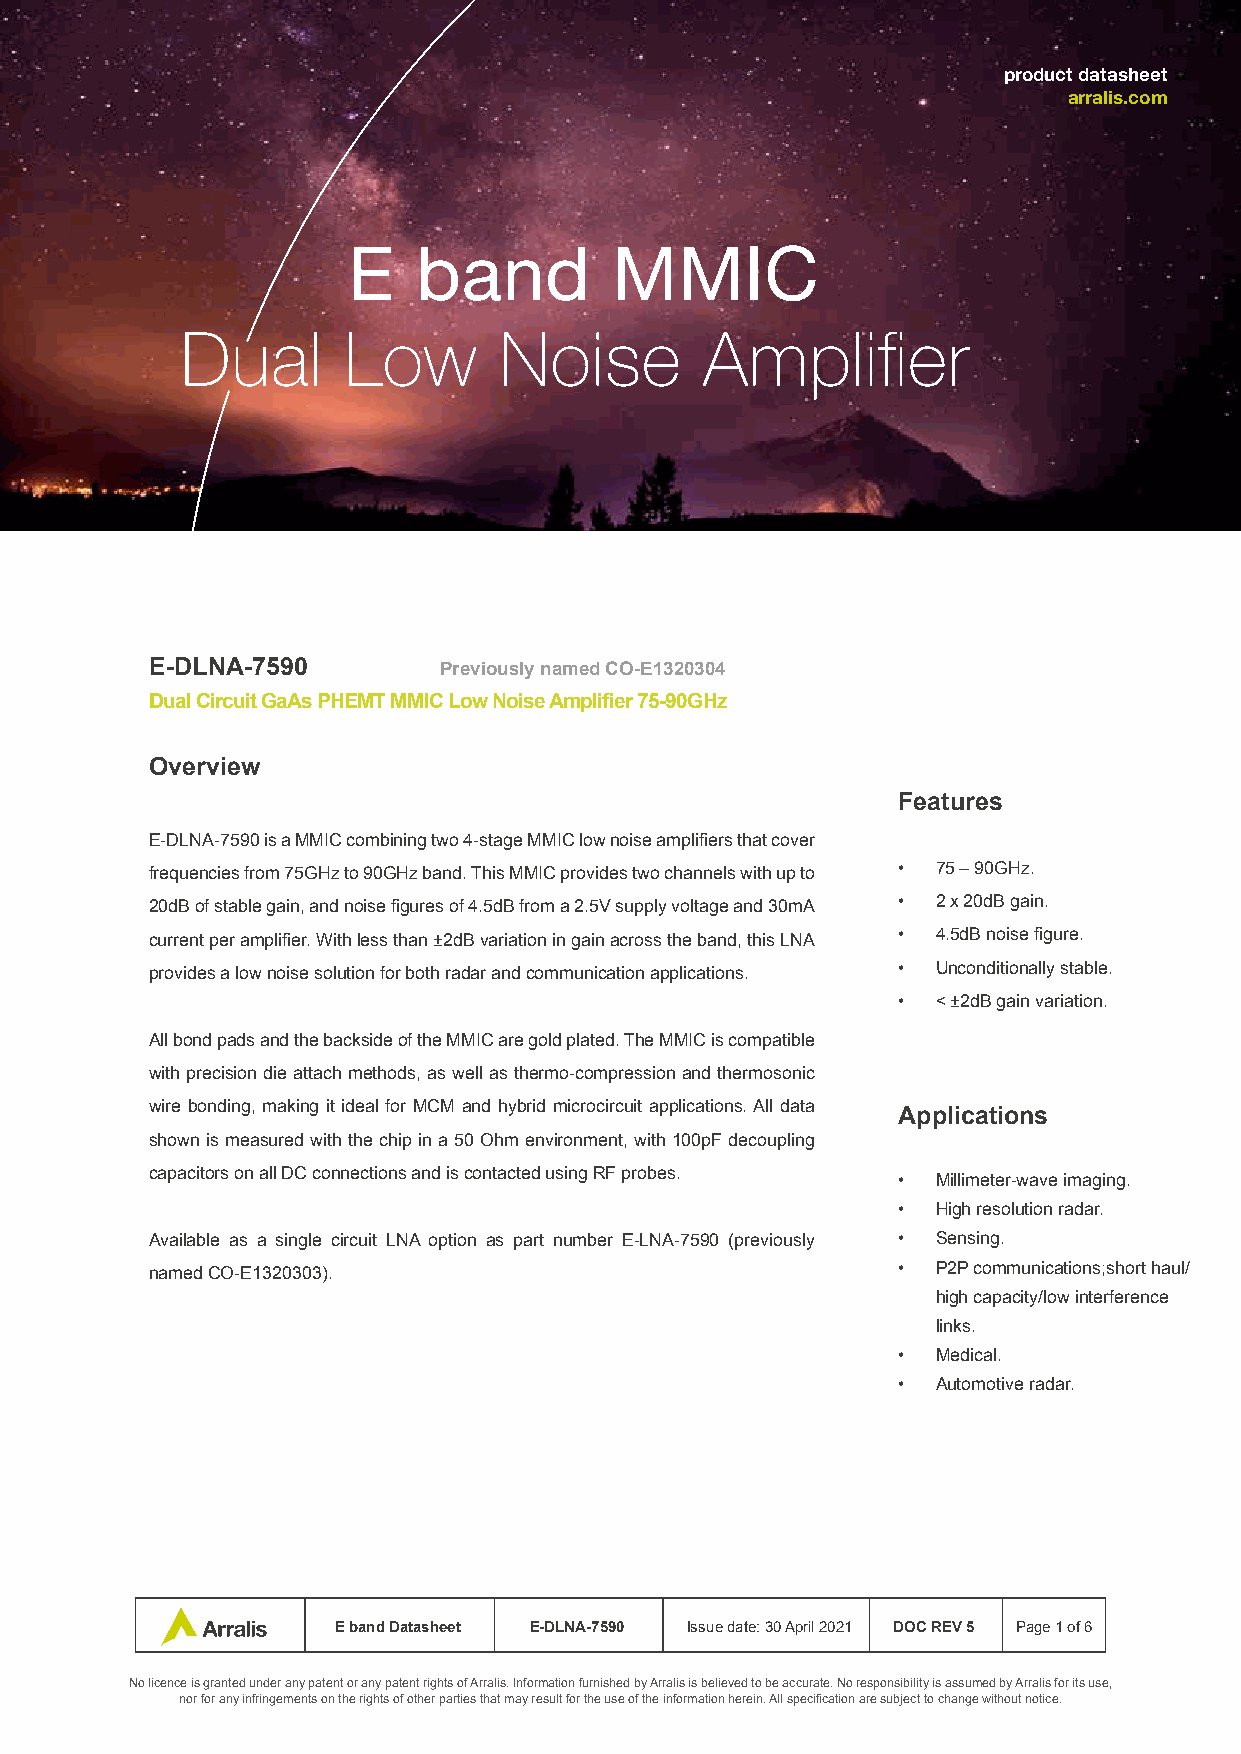
product datasheet
 arralis.com
 E    band        MMIC
 Dual       Low       Noise         Amplifier
 E-DLNA-7590        Previously named CO-E1320304
 Dual Circuit GaAs PHEMT MMIC Low Noise Amplifier 75-90GHz
 Overview
 Features
 E-DLNA-7590 is a MMIC combining two 4-stage MMIC low noise amplifiers that cover
 frequencies from 75GHz to 90GHz band. This MMIC provides two channels with up to • 75 – 90GHz.
 20dB of stable gain, and noise figures of 4.5dB from a 2.5V supply voltage and 30mA • 2 x 20dB gain.
 current per amplifier. With less than ±2dB variation in gain across the band, this LNA • 4.5dB noise figure.
 provides a low noise solution for both radar and communication applications. • Unconditionally stable.
 •  < ±2dB gain variation.
 All bond pads and the backside of the MMIC are gold plated. The MMIC is compatible
 with precision die attach methods, as well as thermo-compression and thermosonic
 wire bonding, making it ideal for MCM and hybrid microcircuit applications. All data
 Applications
 shown is measured with the chip in a 50 Ohm environment, with 100pF decoupling
 capacitors on all DC connections and is contacted using RF probes.
 •  Millimeter-wave imaging.
 •  High resolution radar.
 Available as a single circuit LNA option as part number E-LNA-7590 (previously • Sensing.
 named CO-E1320303).                              •  P2P communications;short haul/
 high capacity/low interference
 links.
 •  Medical.
 •  Automotive radar.
 E band Datasheet E-DLNA-7590 Issue date: 30 April 2021 DOC REV 5 Page 1 of 6
 No licence is granted under any patent or any patent rights of Arralis. Information furnished by Arralis is believed to be accurate. No responsibility is assumed by Arralis for its use,
 nor for any infringements on the rights of other parties that may result for the use of the information herein. All specification are subject to change without notice.